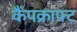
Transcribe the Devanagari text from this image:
कैंपक्राफ्ट